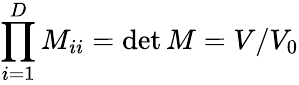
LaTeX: \prod_{i=1}^{D}M_{ii}=\operatorname*{det}M=V/V_{0}